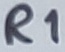
Text: R1